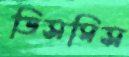
ডিসমিস